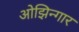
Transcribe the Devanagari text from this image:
ओझिन्गार